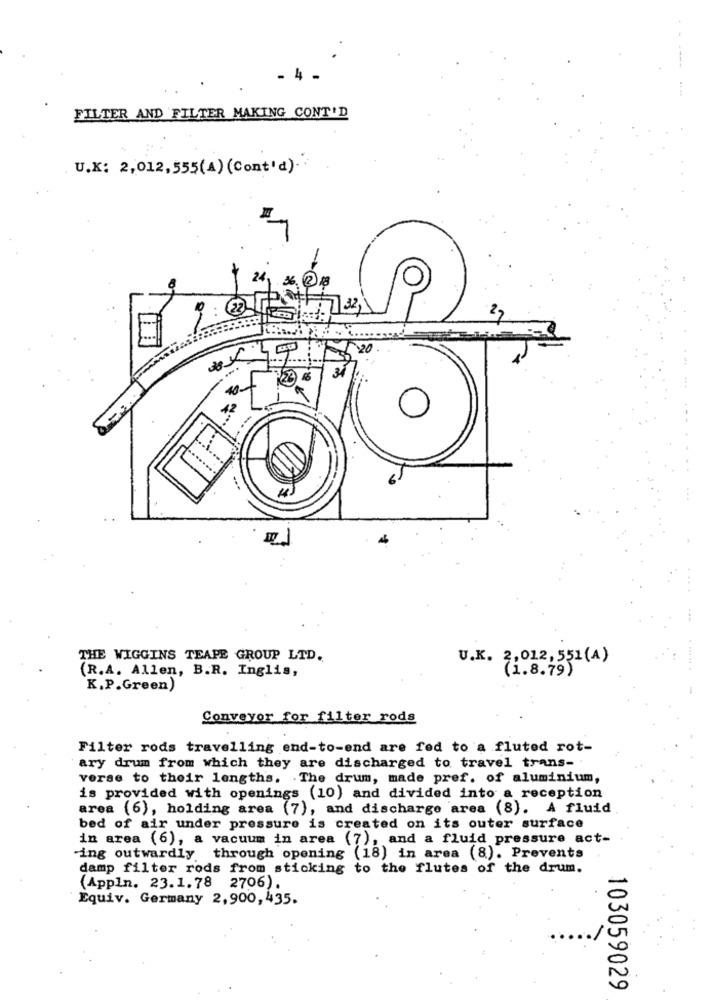
- 4 -
FILTER AND FILTER MAKING CONT'D
U.K: 2,012,555(A) (Cont'd).
. 2 18
22
32,
...
THE WIGGINS TEAPE GROUP LTD.
U.K. 2,012, 551 (A)
(R.A. Allen, B.R. Inglis,
(1.8.79)
..... ...
K.P.Green)
Conveyor for filter rods
Filter rods travelling end-to-end are fed to a fluted rot-
ary drum from which they are discharged to travel trans-
verse to their lengths. . The drum, made pref. of aluminium,
is provided with openings (10) and divided into a reception
area (6), holding area (7), and discharge area (8). A fluid
bed of air under pressure is created on its outer surface
in area (6), a vacuum in area (7), and a fluid pressure act-
ing outwardly through opening (18) in area (8). Prevents
damp filter rods from sticking to the flutes of the drum.
(Appln. 23.1.78 2706).
Equiv. Germany 2,900, 435.
103059029